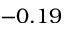
- 0 . 1 9